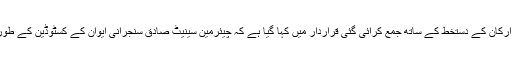
اپوزیشن جماعتوں کے44 ارکان کے دستخط کے ساتھ جمع کرائی گئی قراردار میں کہا گیا ہے کہ چیئرمین سینیٹ صادق سنجرانی ایوان کے کسٹوڈین کے طور پر اعتماد کھو چکے ہیں۔